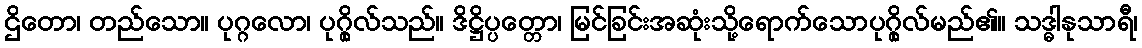
ဌိတော၊ တည်သော။ ပုဂ္ဂလော၊ ပုဂ္ဂိုလ်သည်။ ဒိဋ္ဌိပ္ပတ္တော၊ မြင်ခြင်းအဆုံးသို့ရောက်သောပုဂ္ဂိုလ်မည်၏။ သဒ္ဓါနုသာရီ၊